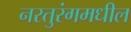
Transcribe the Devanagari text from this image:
नरतुरंगमधील